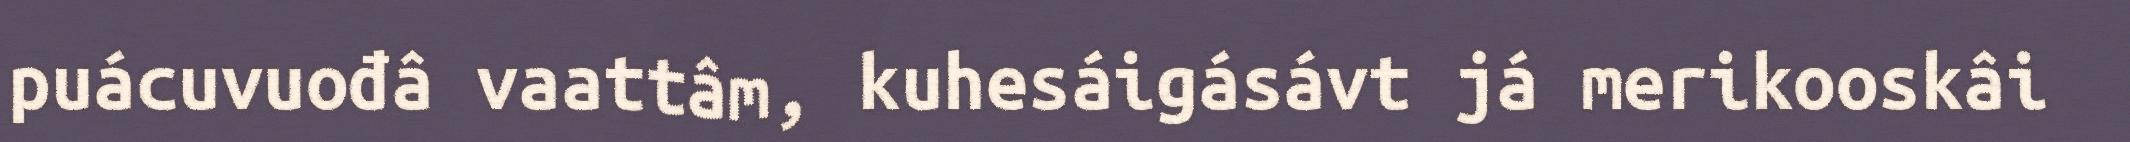
puácuvuođâ vaattâm, kuhesáigásávt já merikooskâi